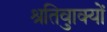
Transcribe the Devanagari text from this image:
श्रुतिवाक्यों